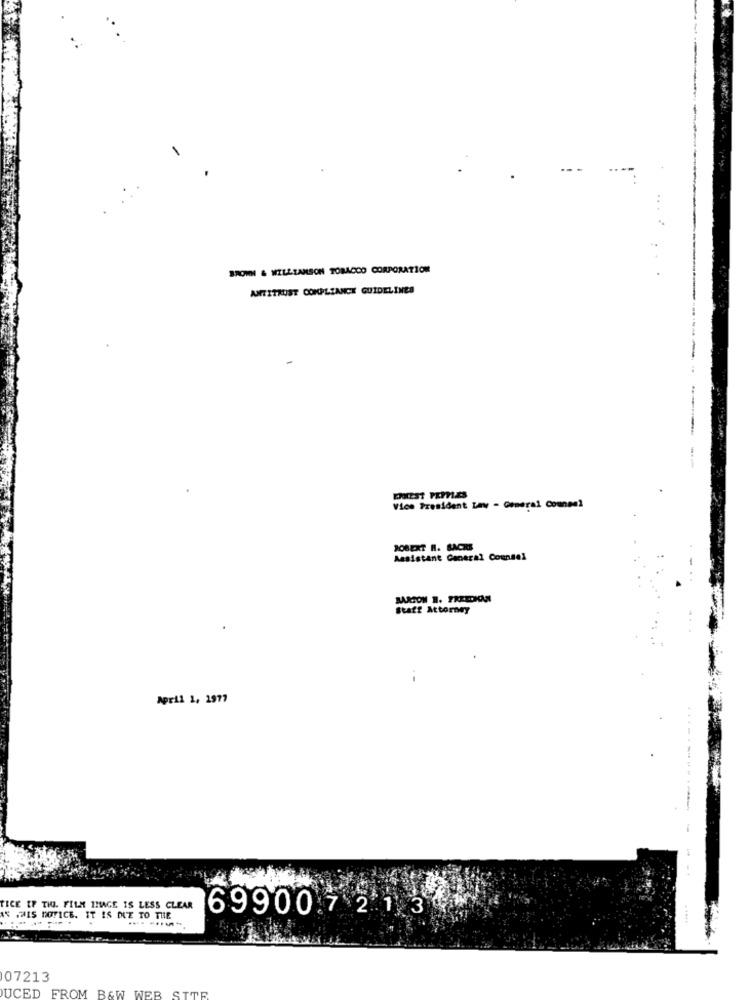
BROWN & WILLIAMSON TOBACCO CORPORATION
ANTITRUST COMPLIANCE GUIDELINES
-
-
--
Vice President Lay - General Counsel
ROBERT H. BACKE
Assistant General Counsel
Staff Attorney
April 1, 1977
TICE EF THI. FILM IMAGE IS LESS CLEAR
699007 2 1 3
AN MIS NOTICE. IT IS DUE TO THE
.....
07213
UCED FROM B&W WEB SITE